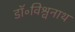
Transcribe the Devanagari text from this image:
डॉ॰विश्वनाथ